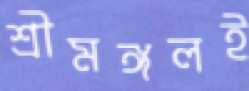
শ্রীমঙ্গলই